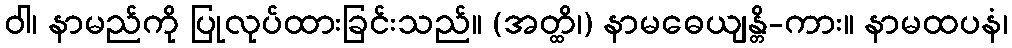
ဝါ၊ နာမည်ကို ပြုလုပ်ထားခြင်းသည်။ (အတ္ထိ၊) နာမဓေယျန္တိ-ကား။ နာမထပနံ၊